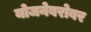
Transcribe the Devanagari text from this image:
योजनेबरोबर